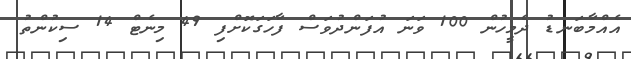
އެއްމާބަނޑު ދެމީހުން 100 ވަނަ އުފަންދުވަސް ފާހަގަކޮށްފި 49 މިނެޓް 14 ސިކުންތު